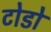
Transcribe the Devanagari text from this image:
टोडो